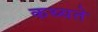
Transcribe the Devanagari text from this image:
कथ्यते